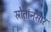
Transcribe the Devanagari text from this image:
स्रोतांनुसार